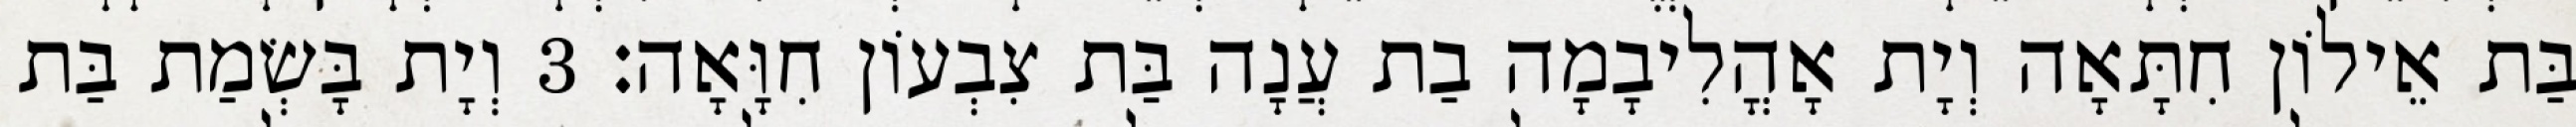
בַּת אֵילוֹן חִתָּאָה וְיָת אָהֳלִיבָמָה בַת עֲנָה בַּת צִבְעוֹן חִוָּאָה׃ 3 וְיָת בָּשְׂמַת בַּת